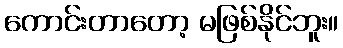
ကောင်းတာတော့ မဖြစ်နိုင်ဘူး။